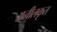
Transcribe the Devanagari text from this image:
अनीलकृत